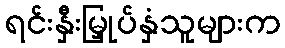
ရင်းနှီးမြှုပ်နှံသူများက